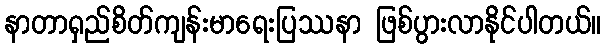
နာတာရှည်စိတ်ကျန်းမာရေးပြဿနာ ဖြစ်ပွားလာနိုင်ပါတယ်။